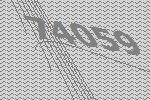
74059